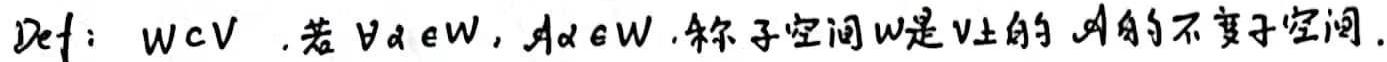
Def: $W\subset V$. 若 $\forall \alpha\in W$, $\mathcal{A}\alpha\in W$, 称子空间 $W$ 是 $V$ 上的 $\mathcal{A}$ 的不变子空间.